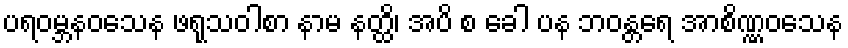
ပရဝမ္ဘနဝသေန ဖရုသဝါစာ နာမ နတ္ထိ၊ အပိ စ ခေါ ပန ဘဝန္တရေ အာစိဏ္ဏဝသေန